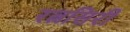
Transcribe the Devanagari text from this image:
रत्नसिरी